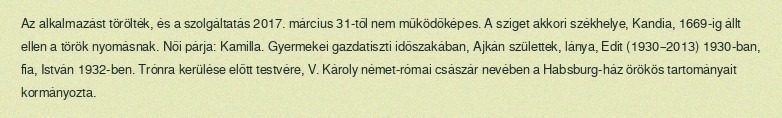
Az alkalmazást törölték, és a szolgáltatás 2017. március 31-től nem működőképes. A sziget akkori székhelye, Kandia, 1669-ig állt ellen a török nyomásnak. Női párja: Kamilla. Gyermekei gazdatiszti időszakában, Ajkán születtek, lánya, Edit (1930–2013) 1930-ban, fia, István 1932-ben. Trónra kerülése előtt testvére, V. Károly német-római császár nevében a Habsburg-ház örökös tartományait kormányozta.